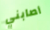
أصابني